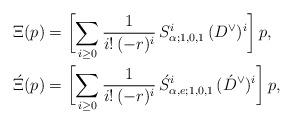
LaTeX: \begin{align*} \Xi (p) & = \biggl[ \sum_{i \geq 0} \frac{1}{i! \, (-r)^i} \, S_{\alpha; 1,0,1}^i \, (D^\vee)^i \biggr] \, p, \\ \acute{\Xi} (p) & = \biggl[ \sum_{i \geq 0} \frac{1}{i! \, (-r)^i} \, \acute{S}_{\alpha, e; 1,0,1}^i \, (\acute{D}^\vee)^i \biggr] \, p,\end{align*}